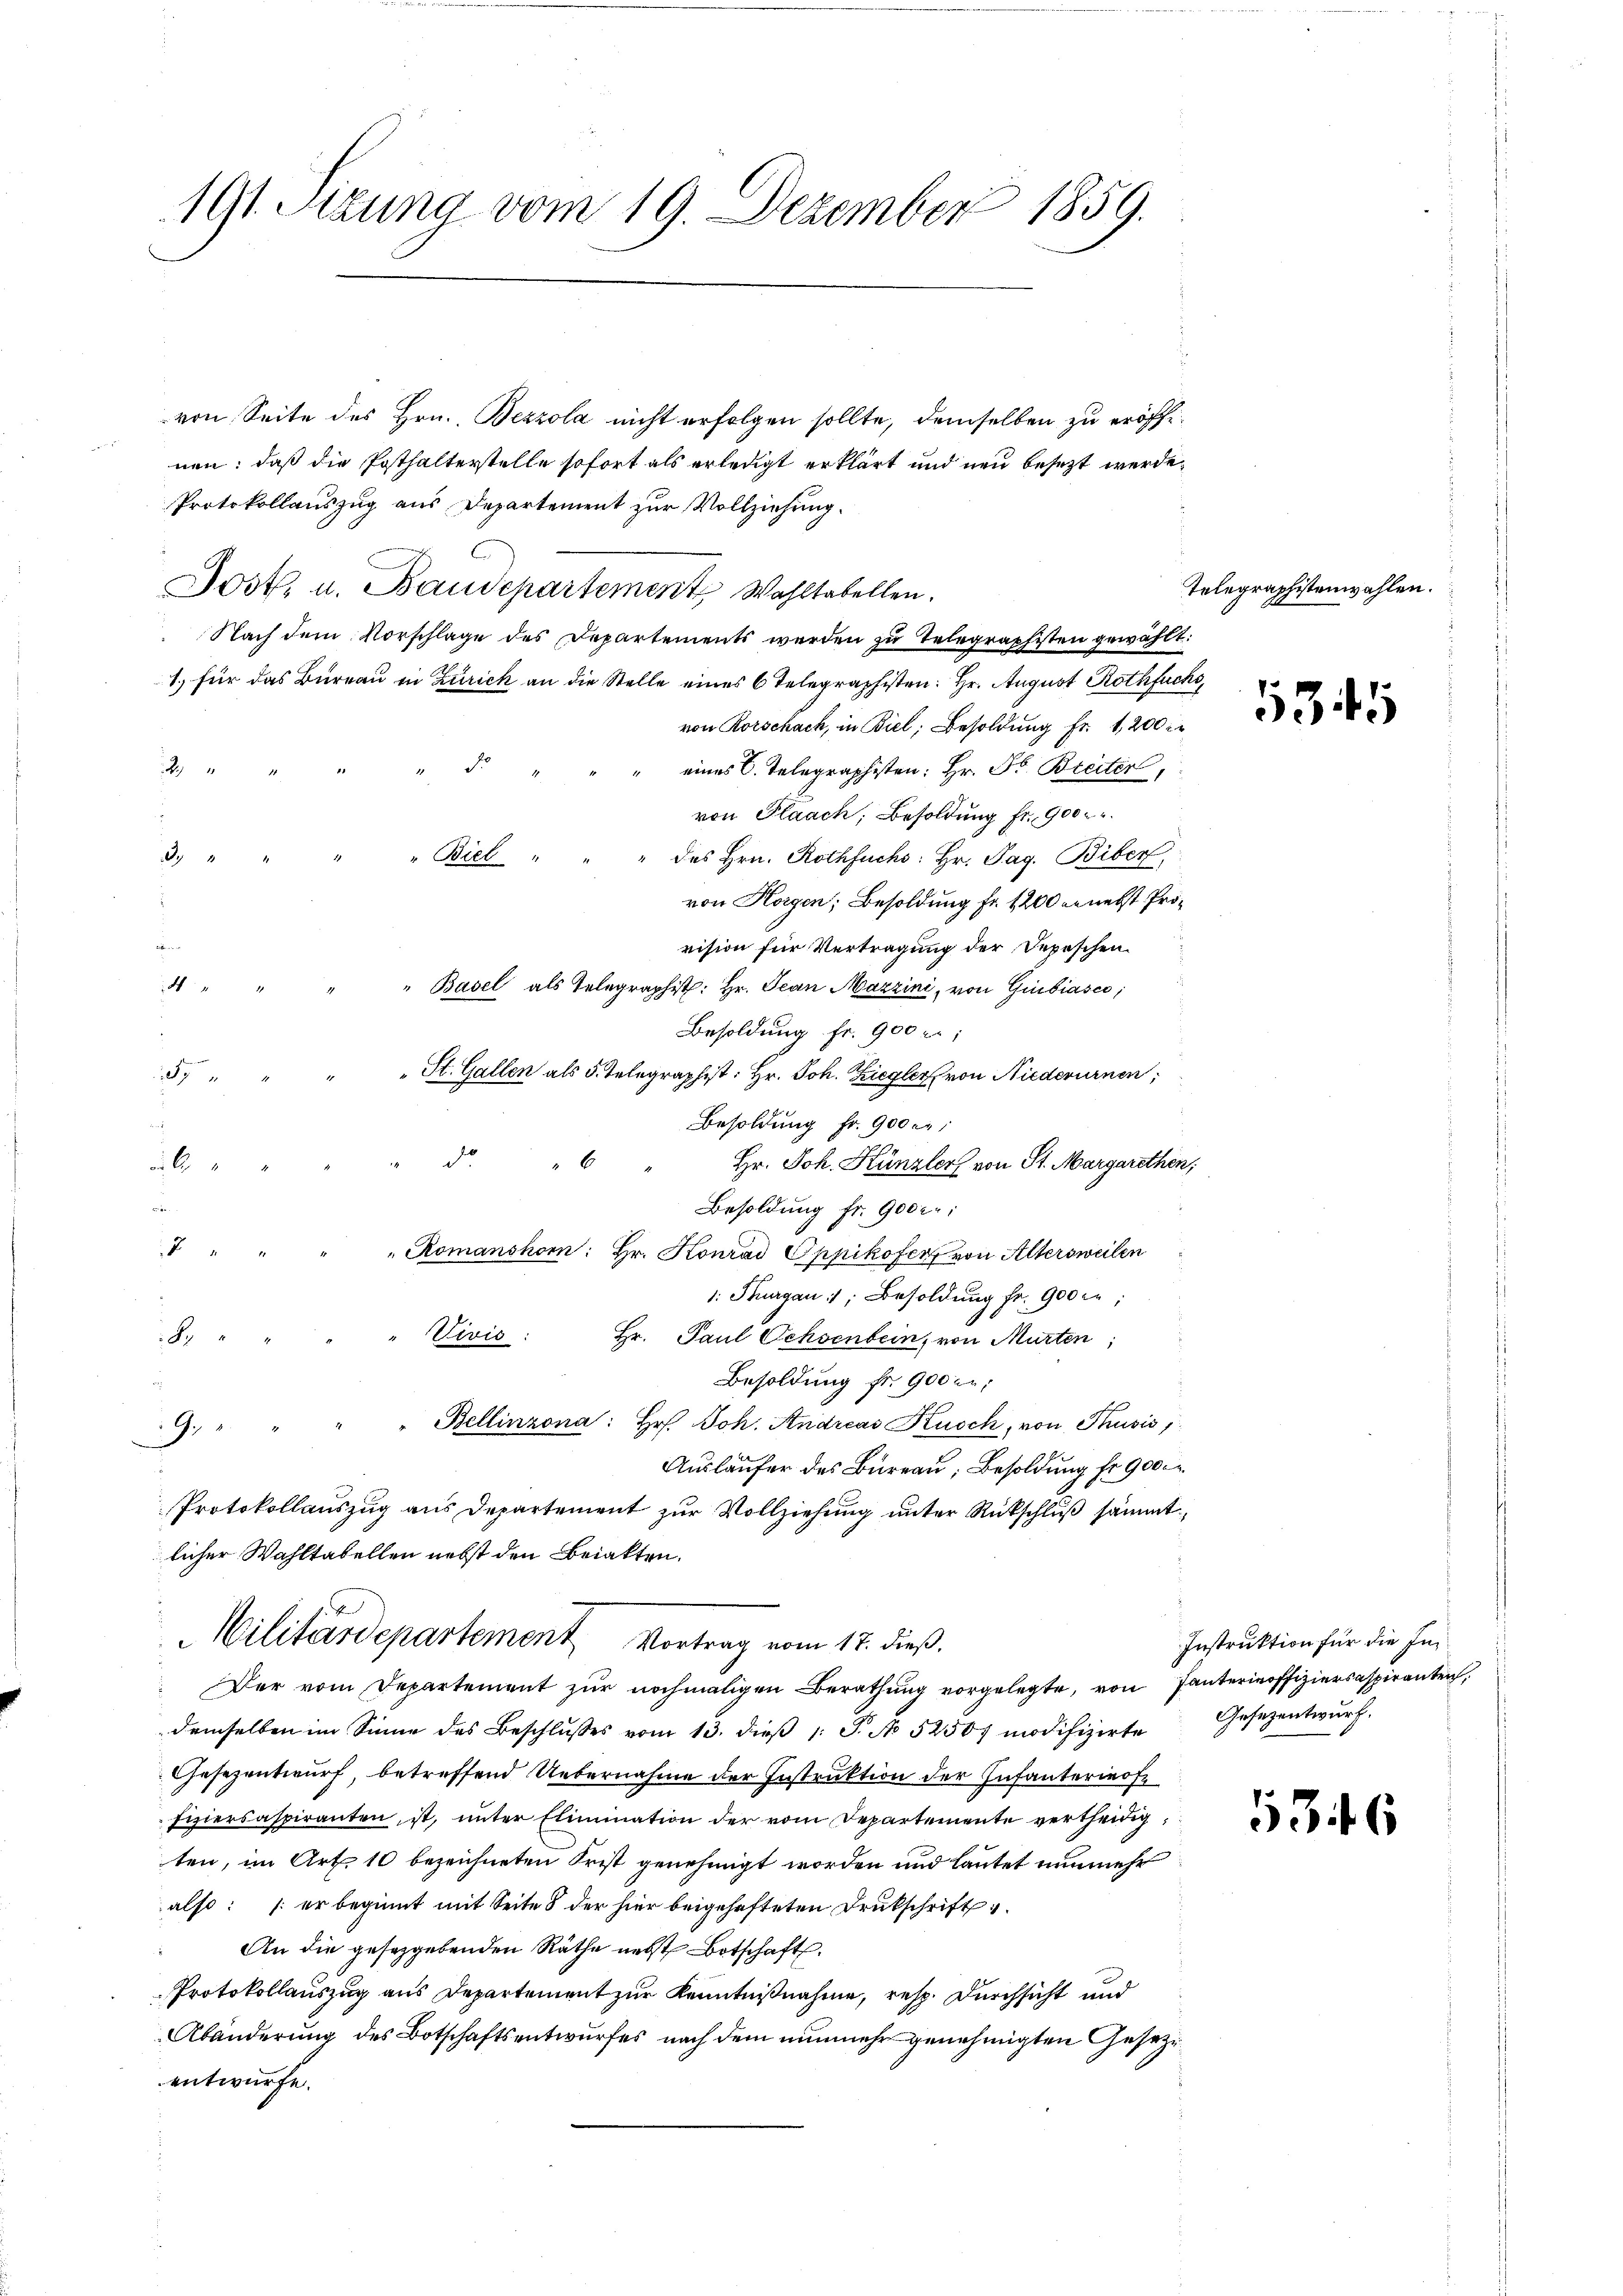
191. Sitzung vom 19. Dezember 1859.

von Seite des Hrn. Bezzola nicht erfolgen sollte, demselben zu eröffnen: daß die Posthalterstelle sofort als erledigt erklärt und neu besezt werde,
Protokollauszug aus Departement zur Vollziehung.
Jost, u. Baudepartemente Wahltabellen.
Nach dem Vorschlage des Departements werden zu Telegraphisten gewählt:
1.) für das Bureau in Zürich an die Stelle eines 6 Telegraphisten: Hr. August Rothfuer
von Rorschach, in Biel, Besoldung Fr. 1, 200 Fr
eines C. Telegraphisten: Hr. Pr. Breiter,
4
von Plaach, Besoldung fr. 900.
x
" des Hrn. Rothfuchs: Hr. Pag. Biber,
von Horgen; Besoldung fr. 1200 er nebst Provision für Vertragung der Depeschen
d
" Basel als Telegraphist: Hr. Jean Mazzini, von Giubiasco,
Besoldung fr. 900 f:
57 " " " " St. Gallen als 5. Telegraphist: Hr. Joh. Ziegler von Niederurnen,
Besoldung Fr. 900 Fr.
Hr. Joh. Künzler von St. Margarethen,
übe
Besoldung fr. 900 f:
 " " " " Romanshorn: Hr. Konrad Oppikofer von Altersweilen
1: Thurgau 1, Besoldung fr. 900 in:
8. " " " " Vivis: Hr. Paul Ochsenbein, von Murten;
Besoldung fr. 900 er;
9. " " " " Bellinzona: Hr. Joh. Andreas Kusch, von Thusis
Ausläufer des Bureau, Besoldung fr. 900
Protokollauszug aus Departement zur Vollziehung unter Rückschluß sämmt
licher Wahltabellen nebst den Briakten.
Militärdepartement Vortrag vom 17. dieß.
Der vom Departement zur nochmaligen Berathung vorgelegte, von Tanterinoffiziersaspiranten,
demselben im Sinne des Beschlusses vom 13. dieß 1 S. No 52507 modifizirte
Gesezentwurf, betreffend Uebernahme der Instruktion der Infanterofe
fiziersaspiranten, ist, unter Elimination der vom Departemente vertheidig
ten, im Art. 10 bezeichneten Frist genehmigt worden und lautet nunmehr
also: er beginnt mit Seite 8 der hier beigehefteten Drukschrift
An die gesetzgebenden Räthe nebst Botschaft.
Protokollauszug aus Departement zur Kenntnißnahme, resp. Durchsicht und
Abänderung des Botschaftsentwurfes nach dem nunmehr genehmigten Gesetze
entwürfe.

" Biel "

2.

Telegraphistenwahlen.

5345

Instruktion für die In¬
Gesezentwurf.

5346